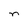
Character: n